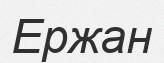
Ержан